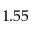
1 . 5 5